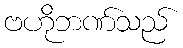
ဗဟိုဘဏ်သည်